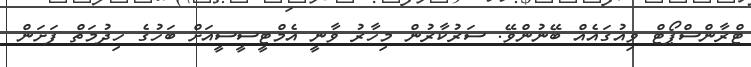
ޓްރާންސްޕޯޓް ވިއުގައެއް ބޭނުންވޭ. ސަރުކާރުން މިހާރު ވާނީ އެމްޓީސީސީއަށް ބަހުގެ ހިދުމަތް ފަށަން